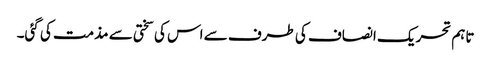
تاہم تحریک انصاف کی طرف سے اس کی سختی سے مذمت کی گئی۔